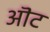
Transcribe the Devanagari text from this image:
ऒट